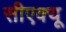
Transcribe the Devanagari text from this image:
सीएक्यू